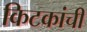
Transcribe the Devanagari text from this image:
किटकांची